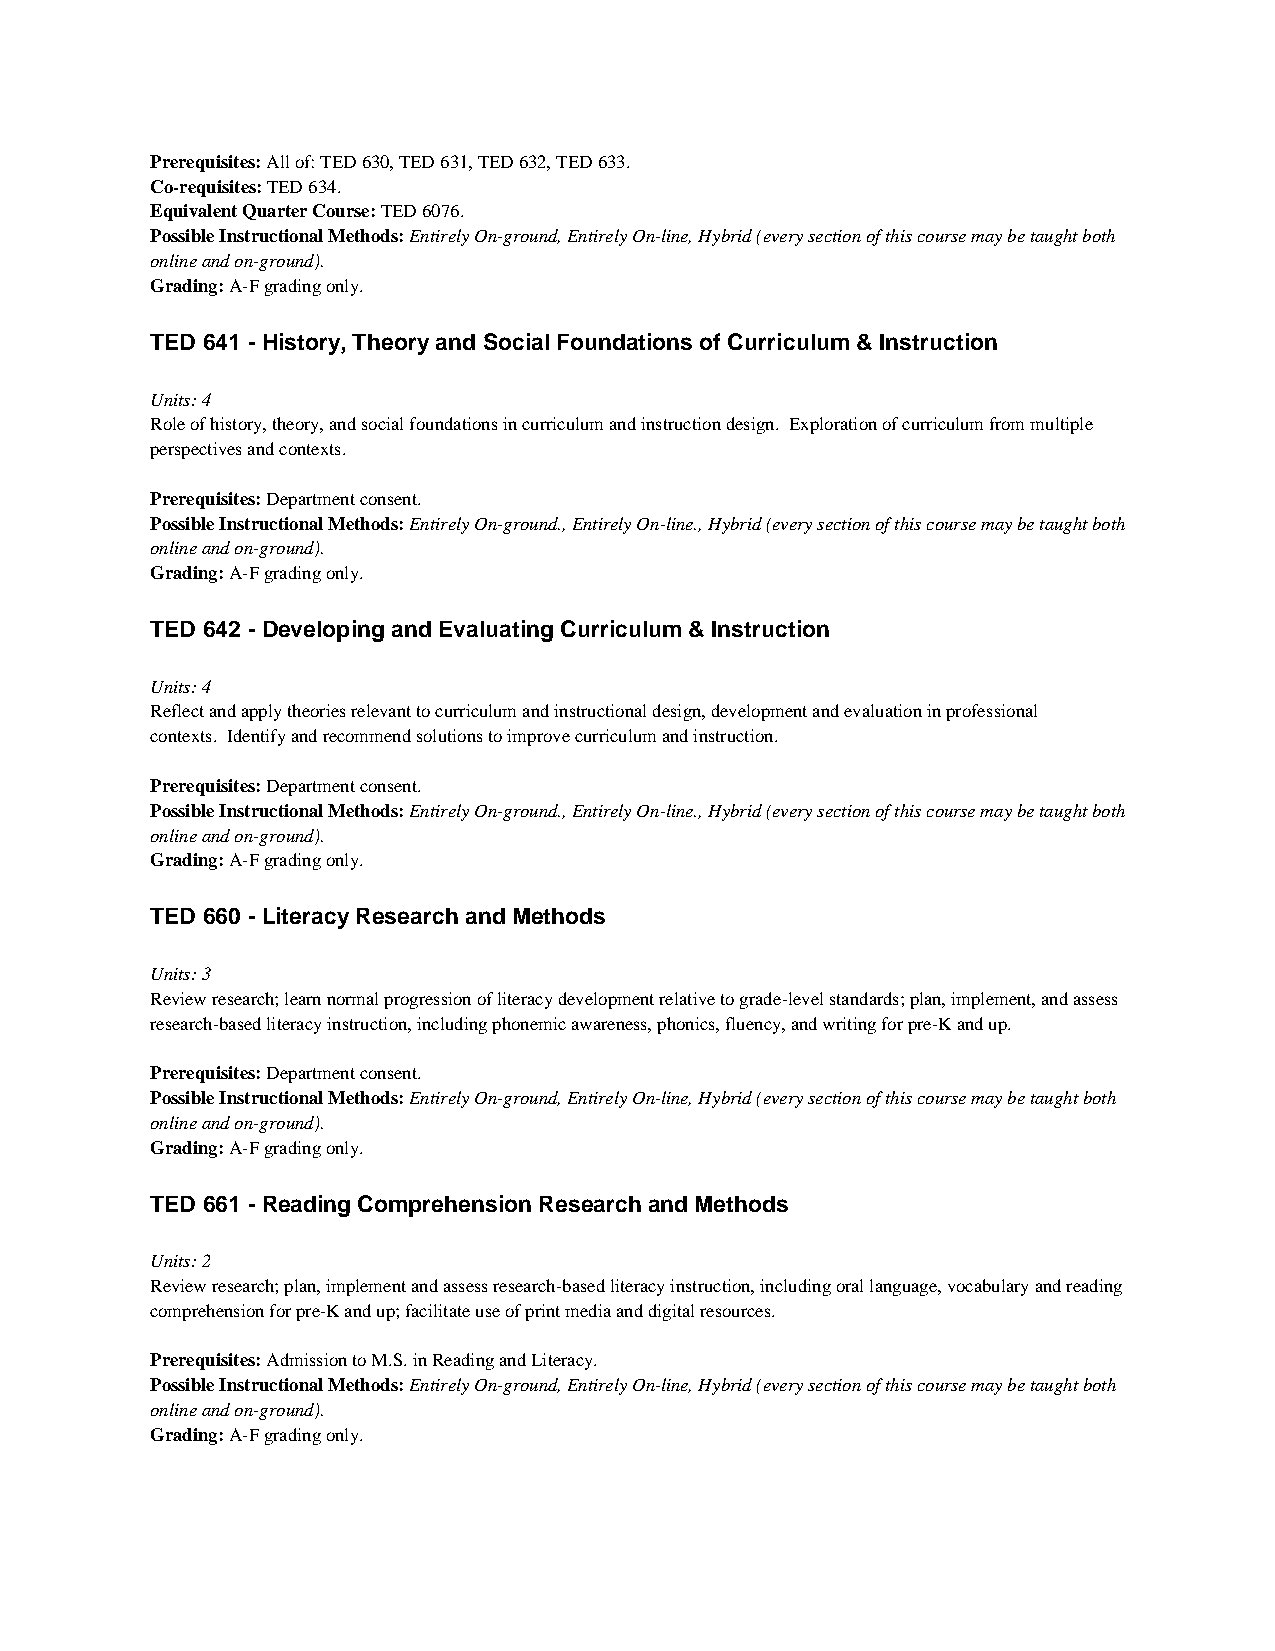
Prerequisites: All of: TED 630, TED 631, TED 632, TED 633.
 Co-requisites: TED 634.
 Equivalent Quarter Course: TED 6076.
 Possible Instructional Methods: Entirely On-ground, Entirely On-line, Hybrid (every section of this course may be taught both
 online and on-ground).
 Grading: A-F grading only.
 TED 641 - History, Theory and Social Foundations of Curriculum & Instruction
 Units: 4
 Role of history, theory, and social foundations in curriculum and instruction design. Exploration of curriculum from multiple
 perspectives and contexts.
 Prerequisites: Department consent.
 Possible Instructional Methods: Entirely On-ground., Entirely On-line., Hybrid (every section of this course may be taught both
 online and on-ground).
 Grading: A-F grading only.
 TED 642 - Developing and Evaluating Curriculum & Instruction
 Units: 4
 Reflect and apply theories relevant to curriculum and instructional design, development and evaluation in professional
 contexts. Identify and recommend solutions to improve curriculum and instruction.
 Prerequisites: Department consent.
 Possible Instructional Methods: Entirely On-ground., Entirely On-line., Hybrid (every section of this course may be taught both
 online and on-ground).
 Grading: A-F grading only.
 TED 660 - Literacy Research and Methods
 Units: 3
 Review research; learn normal progression of literacy development relative to grade-level standards; plan, implement, and assess
 research-based literacy instruction, including phonemic awareness, phonics, fluency, and writing for pre-K and up.
 Prerequisites: Department consent.
 Possible Instructional Methods: Entirely On-ground, Entirely On-line, Hybrid (every section of this course may be taught both
 online and on-ground).
 Grading: A-F grading only.
 TED 661 - Reading Comprehension Research and Methods
 Units: 2
 Review research; plan, implement and assess research-based literacy instruction, including oral language, vocabulary and reading
 comprehension for pre-K and up; facilitate use of print media and digital resources.
 Prerequisites: Admission to M.S. in Reading and Literacy.
 Possible Instructional Methods: Entirely On-ground, Entirely On-line, Hybrid (every section of this course may be taught both
 online and on-ground).
 Grading: A-F grading only.